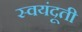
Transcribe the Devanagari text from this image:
स्वयंदूती